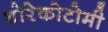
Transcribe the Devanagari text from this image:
थोरेकोटोमी